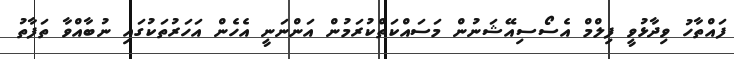
ފައްތާހު ވިދާޅުވީ ފިލްމް އެސޯސިއޭޝަނުން މަސައްކަތްކުރަމުން އަންނަނީ އެހެން އަހަރުތަކުގައި ނުބާއްވާ ތަފާތު